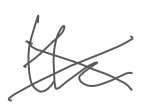
Text: the
Cross-out: mix
Writing tool: digital_gray